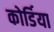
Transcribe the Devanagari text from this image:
कोर्डिया